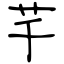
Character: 芊